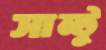
সান্টু